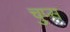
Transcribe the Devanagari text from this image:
चुप्स